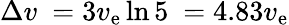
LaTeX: \Delta v\ =3v_{\mathrm{e}}\ln 5\ =4.83v_{\mathrm{e}}